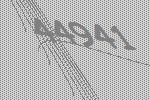
44941